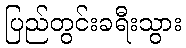
ပြည်တွင်းခရီးသွား